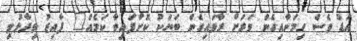
އަޑު ވެސް ހިމަނާއިގެން ވަރަށް ރާވައިގެން ބަޔަކު ކޮށްފައިވާ ކަމެއް" ފާއިޒު ވިދާޅުވި